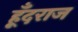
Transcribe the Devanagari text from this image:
हूँदराज